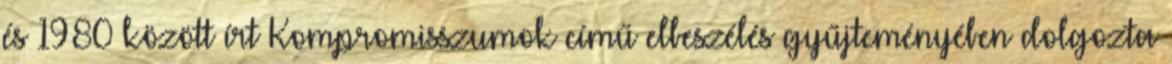
és 1980 között írt Kompromisszumok című elbeszélés gyűjteményében dolgozta